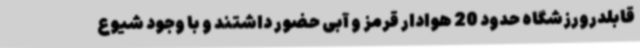
قابلدرورزشگاه حدود 20 هوادار قرمز و آبی حضور داشتند و با وجود شیوع